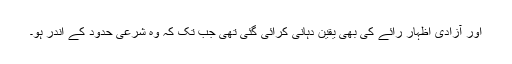
اور آزادی اظہار رائے کی بھی یقین دہانی کرائی گئی تھی جب تک کہ وہ شرعی حدود کے اندر ہو۔